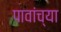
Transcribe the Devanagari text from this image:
पावांच्या